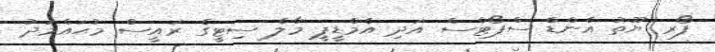
ފޯރ ޔޫތު އެންޑް ސްޕޯޓްސް އަދި އެމްޑީޕީ މާލެ ސިޓީގެ ރައީސް މުޙައްމަދު